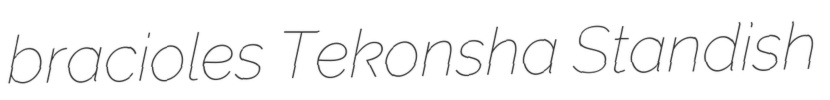
bracioles Tekonsha Standish